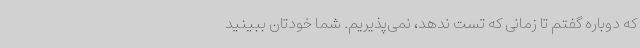
که دوباره گفتم تا زمانی که تست ندهد، نمی‌پذیریم. شما خودتان ببینید